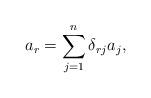
LaTeX: \begin{align*}a_{r}=\sum_{j=1}^{n}\delta_{rj}a_{j},\end{align*}